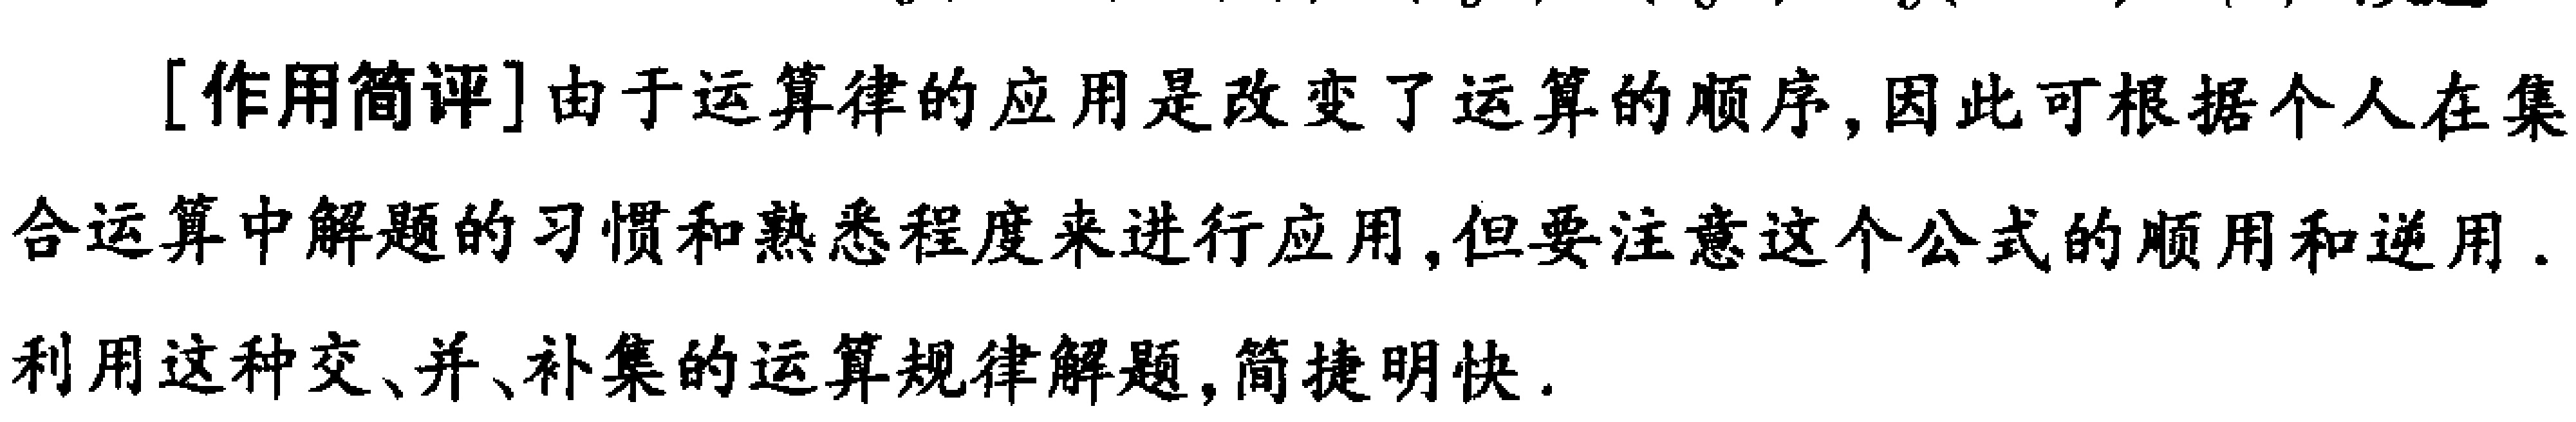
[作用简评]由于运算律的应用是改变了运算的顺序, 因此可根据个人在集合运算中解题的习惯和熟悉程度来进行应用, 但要注意这个公式的顺用和逆用. 利用这种交、并、补集的运算规律解题, 简捷明快.